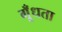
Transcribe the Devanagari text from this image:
गूँधता